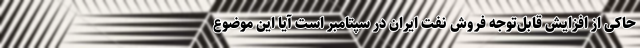
حاکی از افزایش قابل‌توجه فروش نفت ایران در سپتامبر است آیا این موضوع